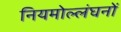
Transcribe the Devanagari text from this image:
नियमोल्लंघनों